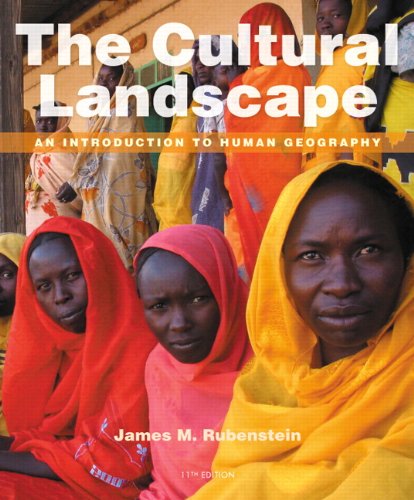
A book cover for The Cultural Landscape: An Introduction to Human Geography (11th Edition); James M. Rubenstein; Science & Math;